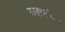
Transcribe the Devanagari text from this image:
रासमंच